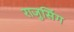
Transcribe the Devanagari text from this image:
राजुसिंग